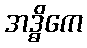
အဒ္ဓိကေ